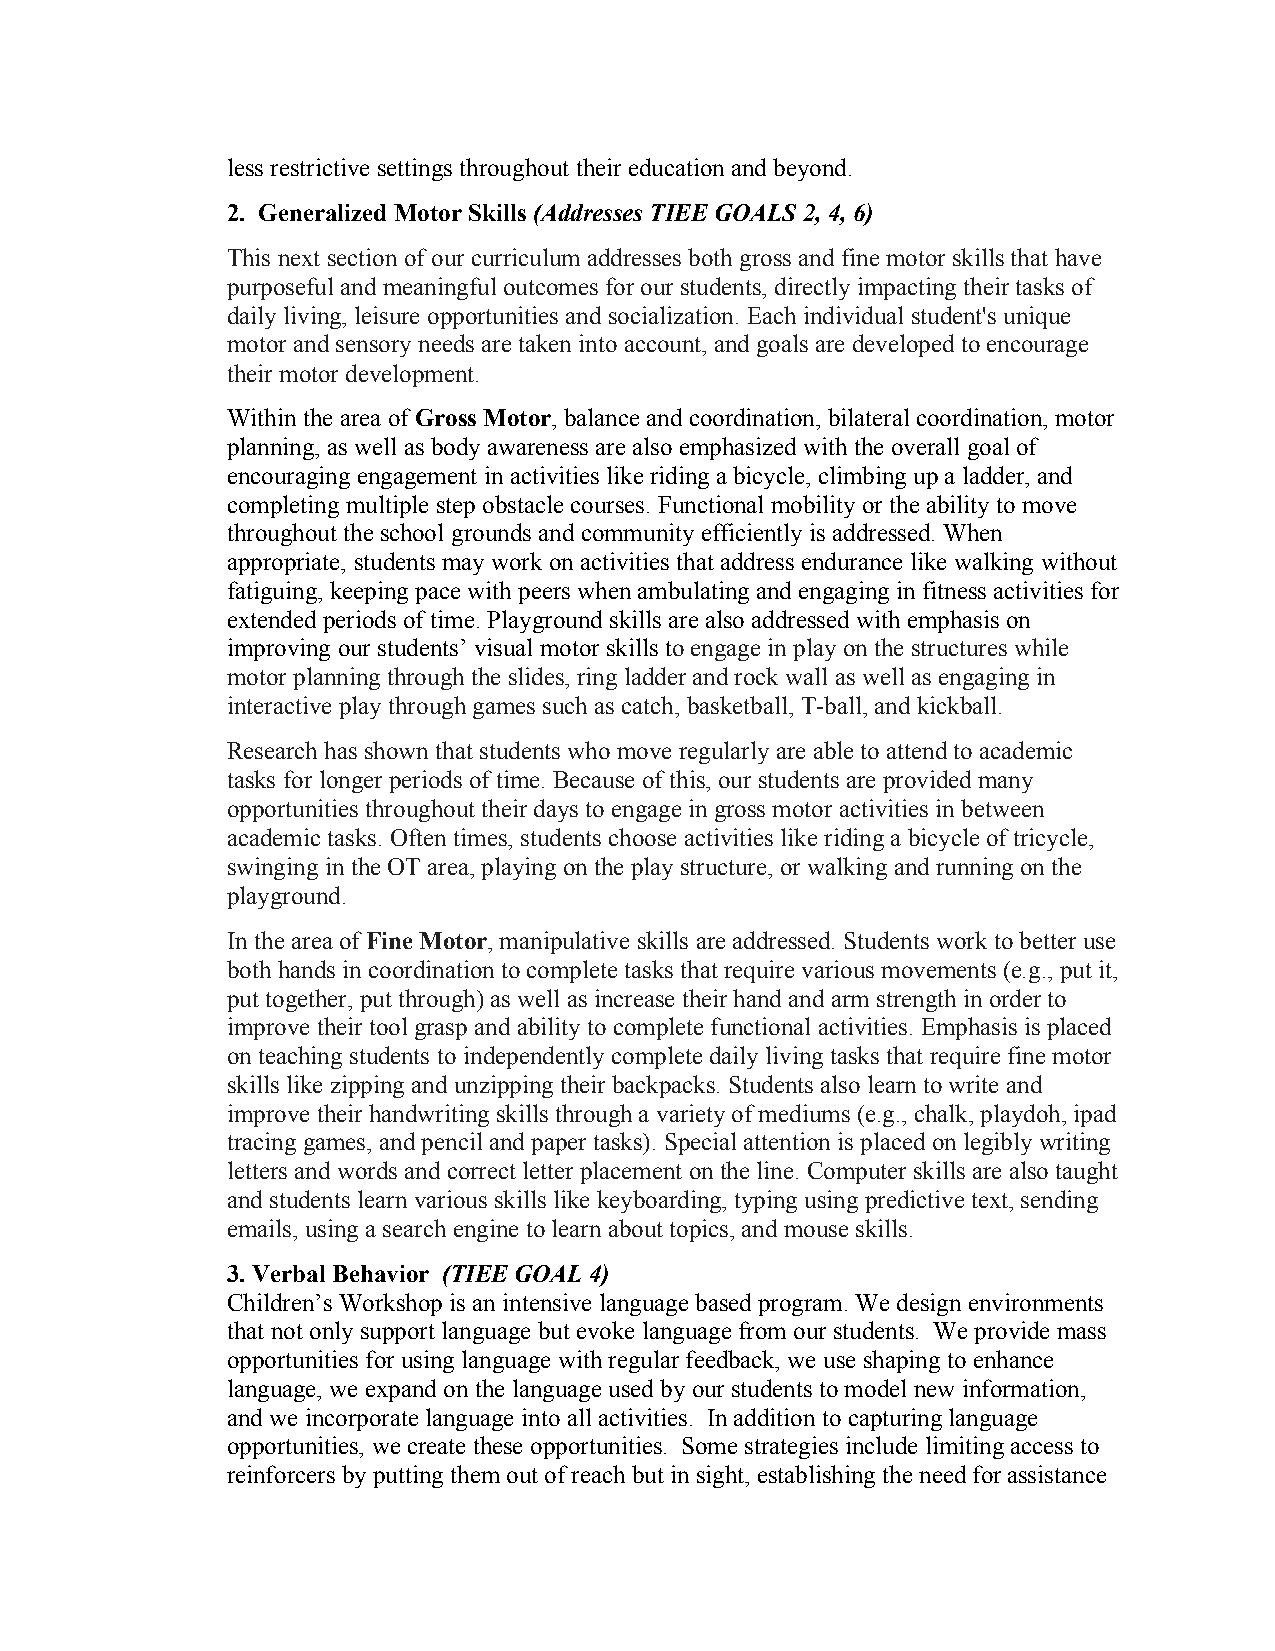
less restrictive settings throughout their education and beyond.
 2. Generalized Motor Skills (Addresses TIEE GOALS 2, 4, 6)
 This next section of our curriculum addresses both gross and fine motor skills that have
 purposeful and meaningful outcomes for our students, directly impacting their tasks of
 daily living, leisure opportunities and socialization. Each individual student's unique
 motor and sensory needs are taken into account, and goals are developed to encourage
 their motor development.
 Within the area of Gross Motor, balance and coordination, bilateral coordination, motor
 planning, as well as body awareness are also emphasized with the overall goal of
 encouraging engagement in activities like riding a bicycle, climbing up a ladder, and
 completing multiple step obstacle courses. Functional mobility or the ability to move
 throughout the school grounds and community efficiently is addressed. When
 appropriate, students may work on activities that address endurance like walking without
 fatiguing, keeping pace with peers when ambulating and engaging in fitness activities for
 extended periods of time. Playground skills are also addressed with emphasis on
 improving our students’ visual motor skills to engage in play on the structures while
 motor planning through the slides, ring ladder and rock wall as well as engaging in
 interactive play through games such as catch, basketball, T-ball, and kickball.
 Research has shown that students who move regularly are able to attend to academic
 tasks for longer periods of time. Because of this, our students are provided many
 opportunities throughout their days to engage in gross motor activities in between
 academic tasks. Often times, students choose activities like riding a bicycle of tricycle,
 swinging in the OT area, playing on the play structure, or walking and running on the
 playground.
 In the area of Fine Motor, manipulative skills are addressed. Students work to better use
 both hands in coordination to complete tasks that require various movements (e.g., put it,
 put together, put through) as well as increase their hand and arm strength in order to
 improve their tool grasp and ability to complete functional activities. Emphasis is placed
 on teaching students to independently complete daily living tasks that require fine motor
 skills like zipping and unzipping their backpacks. Students also learn to write and
 improve their handwriting skills through a variety of mediums (e.g., chalk, playdoh, ipad
 tracing games, and pencil and paper tasks). Special attention is placed on legibly writing
 letters and words and correct letter placement on the line. Computer skills are also taught
 and students learn various skills like keyboarding, typing using predictive text, sending
 emails, using a search engine to learn about topics, and mouse skills.
 3. Verbal Behavior (TIEE GOAL 4)
 Children’s Workshop is an intensive language based program. We design environments
 that not only support language but evoke language from our students. We provide mass
 opportunities for using language with regular feedback, we use shaping to enhance
 language, we expand on the language used by our students to model new information,
 and we incorporate language into all activities. In addition to capturing language
 opportunities, we create these opportunities. Some strategies include limiting access to
 reinforcers by putting them out of reach but in sight, establishing the need for assistance